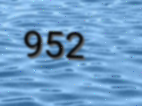
952